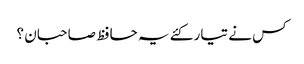
کس نے تیار کئے یہ حافظ صاحبان ؟